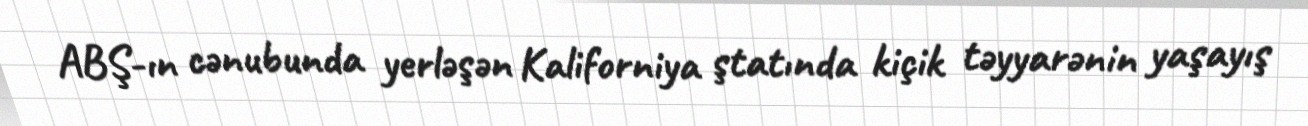
ABŞ-ın cənubunda yerləşən Kaliforniya ştatında kiçik təyyarənin yaşayış